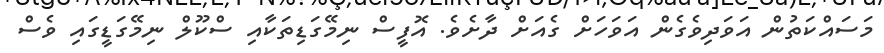
މަސައްކަތުން އަވަދިވެގެން އަވަހަށް ގެއަށް ދާށެވެ. އޮފީސް ނިމޭގަޑިތަކާއި ސްކޫލް ނިމޭގަޑީގައި ވެސް